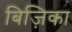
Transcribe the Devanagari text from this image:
बिज़िका